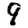
Digit: 9